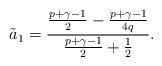
LaTeX: \begin{align*}\tilde{a}_1=\frac{\frac{p+\gamma-1}{2}-\frac{p+\gamma-1}{4q}}{\frac{p+\gamma-1}{2}+\frac{1}{2}}.\end{align*}